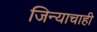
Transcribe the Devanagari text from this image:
जिन्याचाही